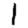
Digit: 1